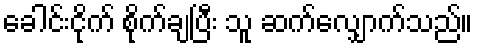
ခေါင်းငိုက် စိုက်ချပြီး သူ ဆက်လျှောက်သည်။